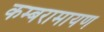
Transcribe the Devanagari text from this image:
कम्बरामायण